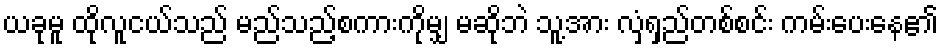
ယခုမူ ထိုလူငယ်သည် မည်သည့်စကားကိုမျှ မဆိုဘဲ သူ့အား လှံရှည်တစ်စင်း ကမ်းပေးနေ၏